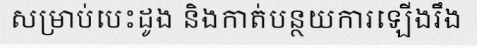
សម្រាប់បេះដូង និងកាត់បន្ថយការឡើងរឹង